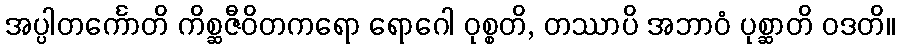
အပ္ပါတင်္ကောတိ ကိစ္ဆဇီဝိတကရော ရောဂေါ ဝုစ္စတိ, တဿာပိ အဘာဝံ ပုစ္ဆာတိ ဝဒတိ။